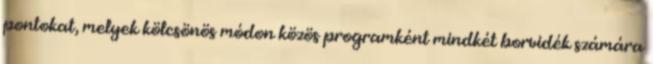
pontokat, melyek kölcsönös módon közös programként mindkét borvidék számára